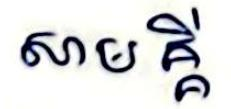
សាមគ្គី